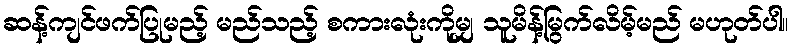
ဆန့်ကျင်ဖက်ပြုမည့် မည်သည့် စကားလုံးကိုမျှ သူမိန့်မြွက်လိမ့်မည် မဟုတ်ပါ။